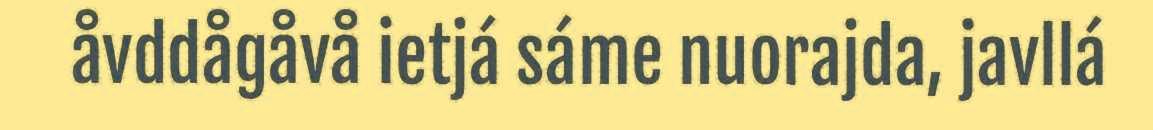
åvddågåvå ietjá sáme nuorajda, javllá